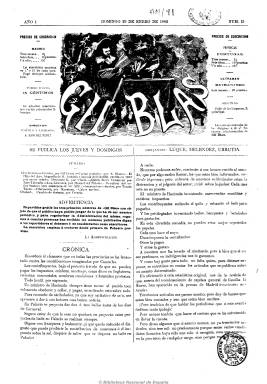
Título: Gil Blas (Madrid. 1882)
Colección: Revistas satíricas y humorísticas
Ámbito geográfico: Madrid
Lugar de publicación: Madrid
Fechas: 29/01/1882-01/06/1882

Del 26 de enero al uno de junio de 1882 reaparece esta cabecera que había fundado y dirigido Luis Rivera en 1864 y que llegó hasta 1872, de carácter republicano federal y anticlerical y que había representado en la prensa española el inicio de la caricatura política. Se publica tras la tímida apertura de la libertad de imprenta de la Restauración, ahora bajo la dirección de Antonio Sánchez Pérez, con el mismo carácter satírico, pero más festivo y no exento de crítica política y social, y aún así no podrá sobrevivir al ser condenado por el tribunal de imprenta a más de cuatro meses de suspensión.

Destaca en sus páginas la colaboración de un joven Leopoldo Alas “Clarín”, así como la de redactores de sus anteriores épocas, como Eusebio Blasco y Manuel del Palacio, junto a Luis Taboada y Tomás Tuero, entre otros. Entre sus dibujantes y caricaturistas están Luque, Meléndez, Urrutia y Demócrito.

De periodicidad bisemanal, aparece los jueves y domingos, en entregas de ocho páginas y compuesto a dos columnas, con ilustraciones caricaturescas a doble página e insertadas en sus textos, redactados en prosa y en verso. Editó hasta un total de 37 números.